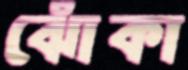
ঝোঁকা